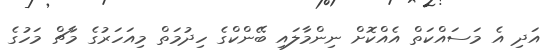
އަދި އެ މަސައްކަތް އެއްކޮށް ނިންމާލައި ބޭންކްގެ ހިދުމަތް މިއަހަރުގެ މާޗް މަހުގެ